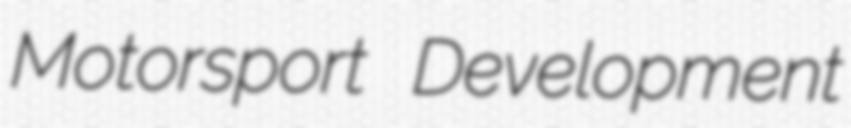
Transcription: Motorsport Development